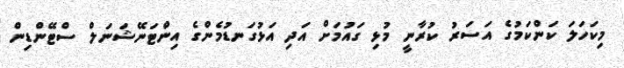
މިކަހަލަ ކަންކަމުގެ އަސަރު ކުރާނީ މުޅި ގައުމަށް އަދި އަޅުގަނޑުމެންގެ އިންޓަނޭޝަނަލް ސްޓޭންޑިން